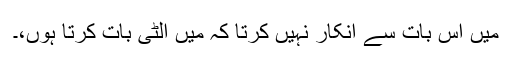
میں اس بات سے انکار نہیں کرتا کہ میں الٹی بات کرتا ہوں،۔